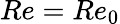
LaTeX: Re=Re_{0}